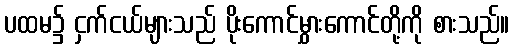
ပထမ၌ ငှက်ငယ်များသည် ပိုးကောင်မွှားကောင်တို့ကို စားသည်။